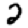
Digit: 2